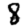
Digit: 8